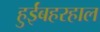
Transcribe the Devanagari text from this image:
हुईंबहरहाल